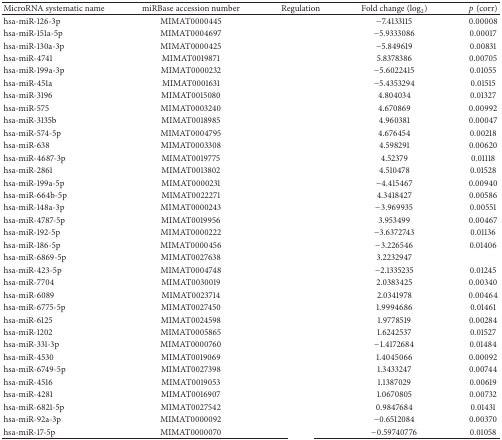
<table><thead><tr><td><b>MicroRNA systematic name</b></td><td><b>miRBase accession number</b></td><td><b>Regulation</b></td><td><b>Fold change (log<sub>2</sub>)</b></td><td><b><i>p</i> (corr)</b></td></tr></thead><tbody><tr><td>hsa-miR-126-3p</td><td>MIMAT0000445</td><td>[EMPTY_CELL]</td><td>−7.4133115</td><td>0.00008</td></tr><tr><td>hsa-miR-151a-5p</td><td>MIMAT0004697</td><td>[EMPTY_CELL]</td><td>−5.9333086</td><td>0.00017</td></tr><tr><td>hsa-miR-130a-3p</td><td>MIMAT0000425</td><td>[EMPTY_CELL]</td><td>−5.849619</td><td>0.00831</td></tr><tr><td>hsa-miR-4741</td><td>MIMAT0019871</td><td>[EMPTY_CELL]</td><td>5.8378386</td><td>0.00705</td></tr><tr><td>hsa-miR-199a-3p</td><td>MIMAT0000232</td><td>[EMPTY_CELL]</td><td>−5.6022415</td><td>0.01055</td></tr><tr><td>hsa-miR-451a</td><td>MIMAT0001631</td><td>[EMPTY_CELL]</td><td>−5.4353294</td><td>0.01515</td></tr><tr><td>hsa-miR-3196</td><td>MIMAT0015080</td><td>[EMPTY_CELL]</td><td>4.804034</td><td>0.01327</td></tr><tr><td>hsa-miR-575</td><td>MIMAT0003240</td><td>[EMPTY_CELL]</td><td>4.670869</td><td>0.00992</td></tr><tr><td>hsa-miR-3135b</td><td>MIMAT0018985</td><td>[EMPTY_CELL]</td><td>4.960381</td><td>0.00047</td></tr><tr><td>hsa-miR-574-5p</td><td>MIMAT0004795</td><td>[EMPTY_CELL]</td><td>4.676454</td><td>0.00218</td></tr><tr><td>hsa-miR-638</td><td>MIMAT0003308</td><td>[EMPTY_CELL]</td><td>4.598291</td><td>0.00620</td></tr><tr><td>hsa-miR-4687-3p</td><td>MIMAT0019775</td><td>[EMPTY_CELL]</td><td>4.52379</td><td>0.01118</td></tr><tr><td>hsa-miR-2861</td><td>MIMAT0013802</td><td>[EMPTY_CELL]</td><td>4.510478</td><td>0.01528</td></tr><tr><td>hsa-miR-199a-5p</td><td>MIMAT0000231</td><td>[EMPTY_CELL]</td><td>−4.415467</td><td>0.00940</td></tr><tr><td>hsa-miR-664b-5p</td><td>MIMAT0022271</td><td>[EMPTY_CELL]</td><td>4.3418427</td><td>0.00586</td></tr><tr><td>hsa-miR-148a-3p</td><td>MIMAT0000243</td><td>[EMPTY_CELL]</td><td>−3.969935</td><td>0.00551</td></tr><tr><td>hsa-miR-4787-5p</td><td>MIMAT0019956</td><td>[EMPTY_CELL]</td><td>3.953499</td><td>0.00467</td></tr><tr><td>hsa-miR-192-5p</td><td>MIMAT0000222</td><td>[EMPTY_CELL]</td><td>−3.6372743</td><td>0.01136</td></tr><tr><td>hsa-miR-186-5p</td><td>MIMAT0000456</td><td>[EMPTY_CELL]</td><td>−3.226546</td><td>0.01406</td></tr><tr><td>hsa-miR-6869-5p</td><td>MIMAT0027638</td><td>[EMPTY_CELL]</td><td>3.2232947</td><td>[EMPTY_CELL]</td></tr><tr><td>hsa-miR-423-5p</td><td>MIMAT0004748</td><td>[EMPTY_CELL]</td><td>−2.1335235</td><td>0.01245</td></tr><tr><td>hsa-miR-7704</td><td>MIMAT0030019</td><td>[EMPTY_CELL]</td><td>2.0383425</td><td>0.00340</td></tr><tr><td>hsa-miR-6089</td><td>MIMAT0023714</td><td>[EMPTY_CELL]</td><td>2.0341978</td><td>0.00464</td></tr><tr><td>hsa-miR-6775-5p</td><td>MIMAT0027450</td><td>[EMPTY_CELL]</td><td>1.9994686</td><td>0.01461</td></tr><tr><td>hsa-miR-6125</td><td>MIMAT0024598</td><td>[EMPTY_CELL]</td><td>1.9778519</td><td>0.00284</td></tr><tr><td>hsa-miR-1202</td><td>MIMAT0005865</td><td>[EMPTY_CELL]</td><td>1.6242537</td><td>0.01527</td></tr><tr><td>hsa-miR-331-3p</td><td>MIMAT0000760</td><td>[EMPTY_CELL]</td><td>−1.4172684</td><td>0.01484</td></tr><tr><td>hsa-miR-4530</td><td>MIMAT0019069</td><td>[EMPTY_CELL]</td><td>1.4045066</td><td>0.00092</td></tr><tr><td>hsa-miR-6749-5p</td><td>MIMAT0027398</td><td>[EMPTY_CELL]</td><td>1.3433247</td><td>0.00744</td></tr><tr><td>hsa-miR-4516</td><td>MIMAT0019053</td><td>[EMPTY_CELL]</td><td>1.1387029</td><td>0.00619</td></tr><tr><td>hsa-miR-4281</td><td>MIMAT0016907</td><td>[EMPTY_CELL]</td><td>1.0670805</td><td>0.00732</td></tr><tr><td>hsa-miR-6821-5p</td><td>MIMAT0027542</td><td>[EMPTY_CELL]</td><td>0.9847684</td><td>0.01431</td></tr><tr><td>hsa-miR-92a-3p</td><td>MIMAT0000092</td><td>[EMPTY_CELL]</td><td>−0.6512084</td><td>0.00370</td></tr><tr><td>hsa-miR-17-5p</td><td>MIMAT0000070</td><td>[EMPTY_CELL]</td><td>−0.59740776</td><td>0.01058</td></tr></tbody></table>